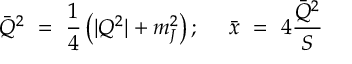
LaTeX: { \bar { Q } } ^ { 2 } ~ = ~ { \frac { 1 } { 4 } } \left( | Q ^ { 2 } | + m _ { J } ^ { 2 } \right) ; ~ ~ ~ ~ { \bar { x } } ~ = ~ 4 { \frac { { \bar { Q } } ^ { 2 } } { S } }